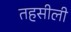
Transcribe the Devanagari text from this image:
तहसीली